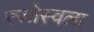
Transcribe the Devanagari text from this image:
रजोस्वला